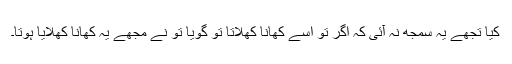
کیا تجھے یہ سمجھ نہ آئی کہ اگر تُو اسے کھانا کھلاتا تو گویا تُو نے مجھے یہ کھانا کھلایا ہوتا۔